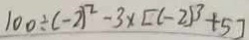
1 0 0 \div ( - 2 ) ^ { 2 } - 3 \times [ ( - 2 ) ^ { 3 } + 5 ]